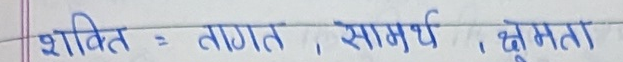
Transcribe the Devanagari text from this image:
शक्ति : ताकत , सामर्थ्य , क्षमता